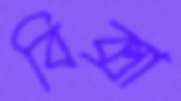
বিক্সা